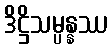
ဒိဋ္ဌိသမ္ပန္နဿ